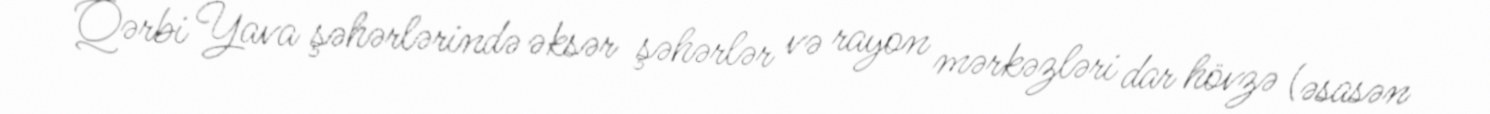
Qərbi Yava şəhərlərində əksər şəhərlər və rayon mərkəzləri dar hövzə (əsasən